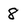
Character: 8